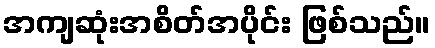
အကျဆုံးအစိတ်အပိုင်း ဖြစ်သည်။